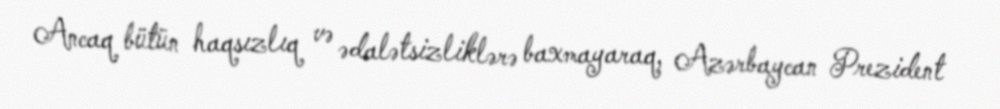
Ancaq bütün haqsızlıq və ədalətsizliklərə baxmayaraq, Azərbaycan Prezident